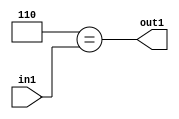
`timescale 1ps / 1ps
/*****************************************************************************
    Verilog RTL Description
    
    
    Created by: Stratus DpOpt 21.05.01 
*******************************************************************************/

module dut_Equal_1U_17_1_0 (
	in1,
	out1
	); /* architecture "behavioural" */ 
input [2:0] in1;
output  out1;
wire  asc001;

assign asc001 = (8'B00000110==in1);

assign out1 = asc001;
endmodule

/* CADENCE  urXySwo= : u9/ySxbfrwZIxEzHVQQV8Q== ** DO NOT EDIT THIS LINE ******/